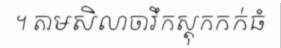
។ តាមសិលាចារឹកស្តុកកក់ធំ